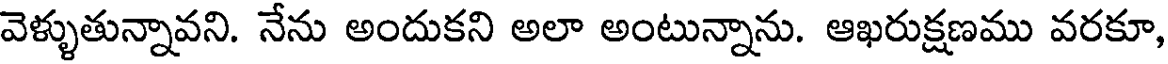
వెళ్ళుతున్నావని. నేను అందుకని అలా అంటున్నాను. ఆఖరుక్షణము వరకూ,